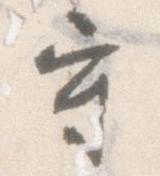
守